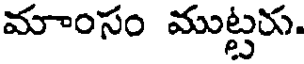
మాంసం ముట్టరు.